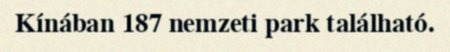
Kínában 187 nemzeti park található.